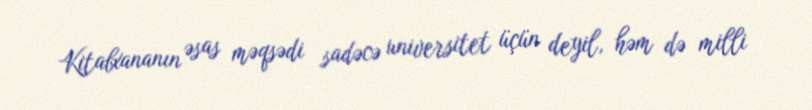
Kitabxananın əsas məqsədi sadəcə universitet üçün deyil, həm də milli